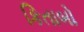
કિતાબો